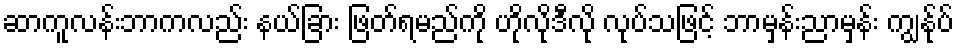
ဆာကူလန်းဘာကလည်း နယ်ခြား ဖြတ်ရမည်ကို ဟိုလိုဒီလို လုပ်သဖြင့် ဘာမှန်းညာမှန်း ကျွန်ုပ်